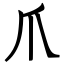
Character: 爪